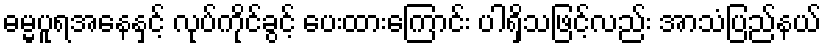
ဓမ္မပူရအနေနှင့် လုပ်ကိုင်ခွင့် ပေးထားကြောင်း ပါရှိသဖြင့်လည်း အာသံပြည်နယ်